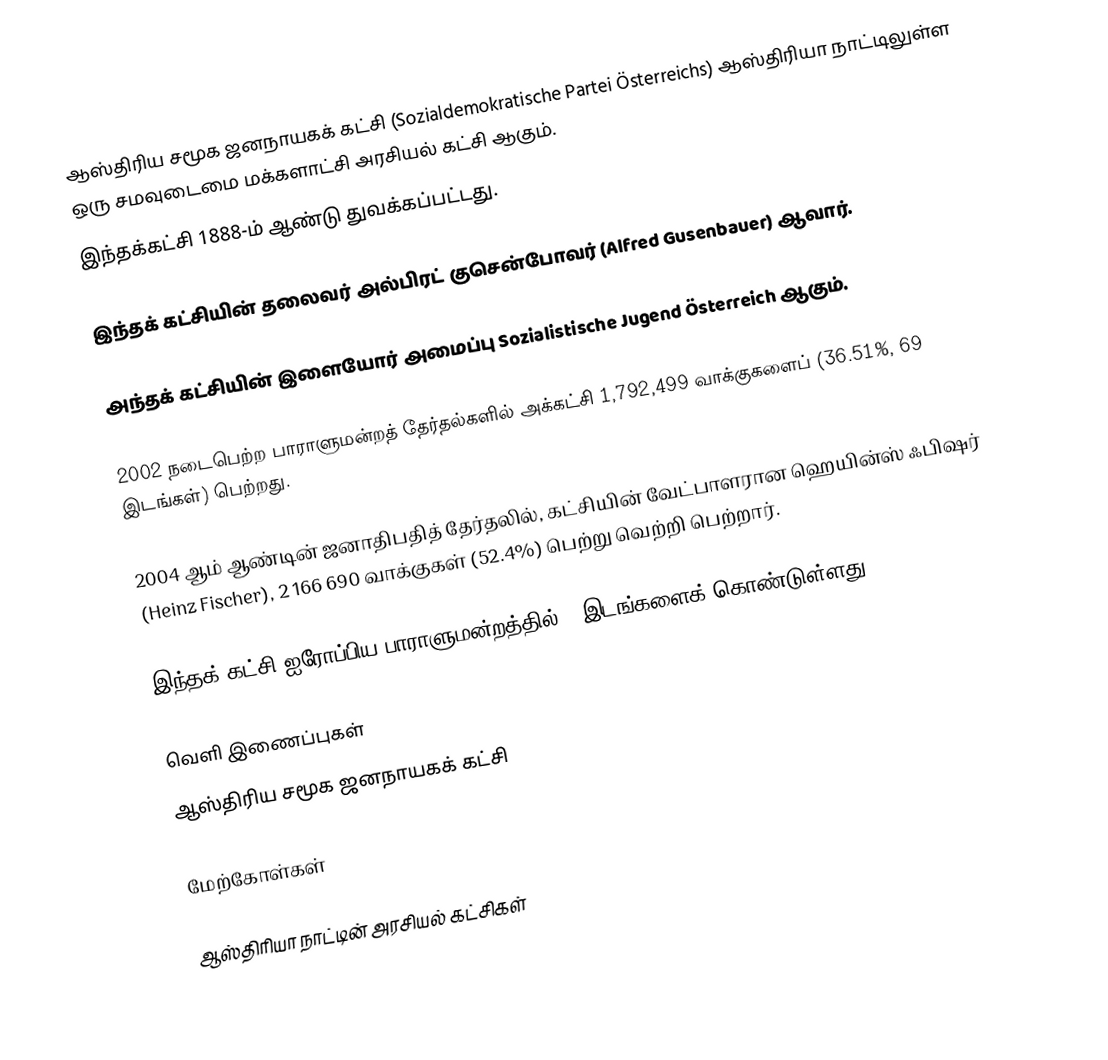
ஆஸ்திரிய சமூக ஜனநாயகக் கட்சி (Sozialdemokratische Partei Österreichs) ஆஸ்திரியா நாட்டிலுள்ள ஒரு சமவுடைமை மக்களாட்சி அரசியல் கட்சி ஆகும்.
இந்தக்கட்சி 1888-ம் ஆண்டு துவக்கப்பட்டது.

இந்தக் கட்சியின் தலைவர் அல்பிரட் குசென்போவர் (Alfred Gusenbauer) ஆவார்.

அந்தக் கட்சியின் இளையோர் அமைப்பு Sozialistische Jugend Österreich ஆகும்.

2002 நடைபெற்ற பாராளுமன்றத் தேர்தல்களில் அக்கட்சி 1,792,499 வாக்குகளைப் (36.51%, 69 இடங்கள்) பெற்றது.

2004 ஆம் ஆண்டின் ஜனாதிபதித் தேர்தலில், கட்சியின் வேட்பாளரான ஹெயின்ஸ் ஃபிஷர் (Heinz Fischer), 2 166 690 வாக்குகள் (52.4%) பெற்று வெற்றி பெற்றார்.

இந்தக் கட்சி ஐரோப்பிய பாராளுமன்றத்தில் 7 இடங்களைக் கொண்டுள்ளது.

வெளி இணைப்புகள்
 ஆஸ்திரிய சமூக ஜனநாயகக் கட்சி

மேற்கோள்கள்

ஆஸ்திரியா நாட்டின் அரசியல் கட்சிகள்